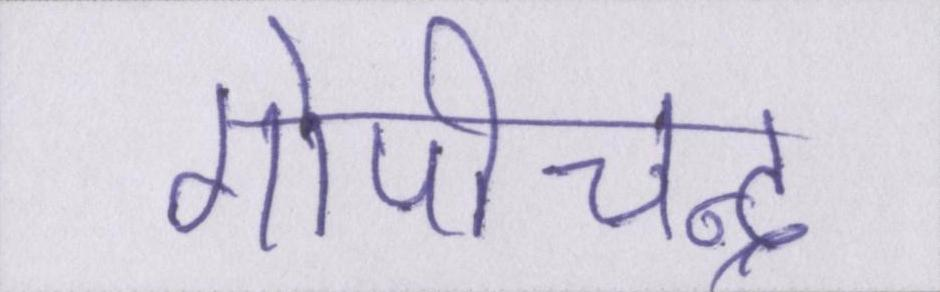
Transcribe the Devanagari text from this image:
गोपीचन्द्र